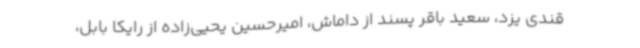
قندی یزد، سعید باقر پسند از داماش، امیرحسین یحیی‌زاده از رایکا بابل،